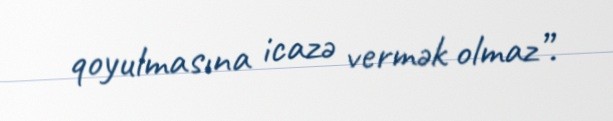
qoyulmasına icazə vermək olmaz”.